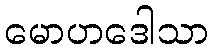
မောဟဒေါသာ